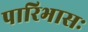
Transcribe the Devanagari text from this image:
पारिभासः